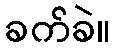
ခက်ခဲ။